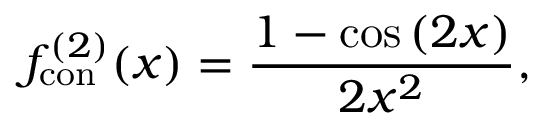
f _ { \mathrm { c o n } } ^ { ( 2 ) } ( x ) = \frac { 1 - \cos \left( 2 x \right) } { 2 x ^ { 2 } } ,